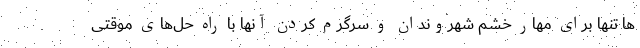
ها تنها برای مهار خشم شهروندان و سرگرم کردن آنها با راه حل‌های موقتی